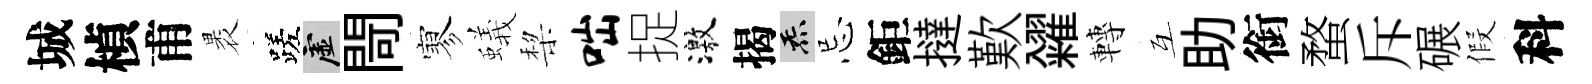
城楨甫褁蹉虚閜寥蟻棃咄捉激揭炁忌鉅撻歎糴轉互助銜蝥斥碾假科